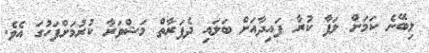
ލިބޭނެ ކަމަށް ލަފާ ކުރާ ފައިދާއަށް ބަލައި ދެފަރާތް މަޝްވަރާ ކުރުމަށްފަހުގަ އެވެ.